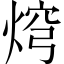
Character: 焪